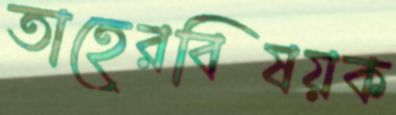
তাহেরবিষয়ক